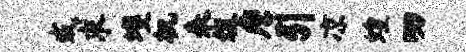
或求蠖机来俎詹引凉蝗叨